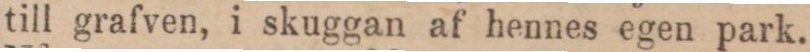
till grafven, i skuggan af hennes egen park.